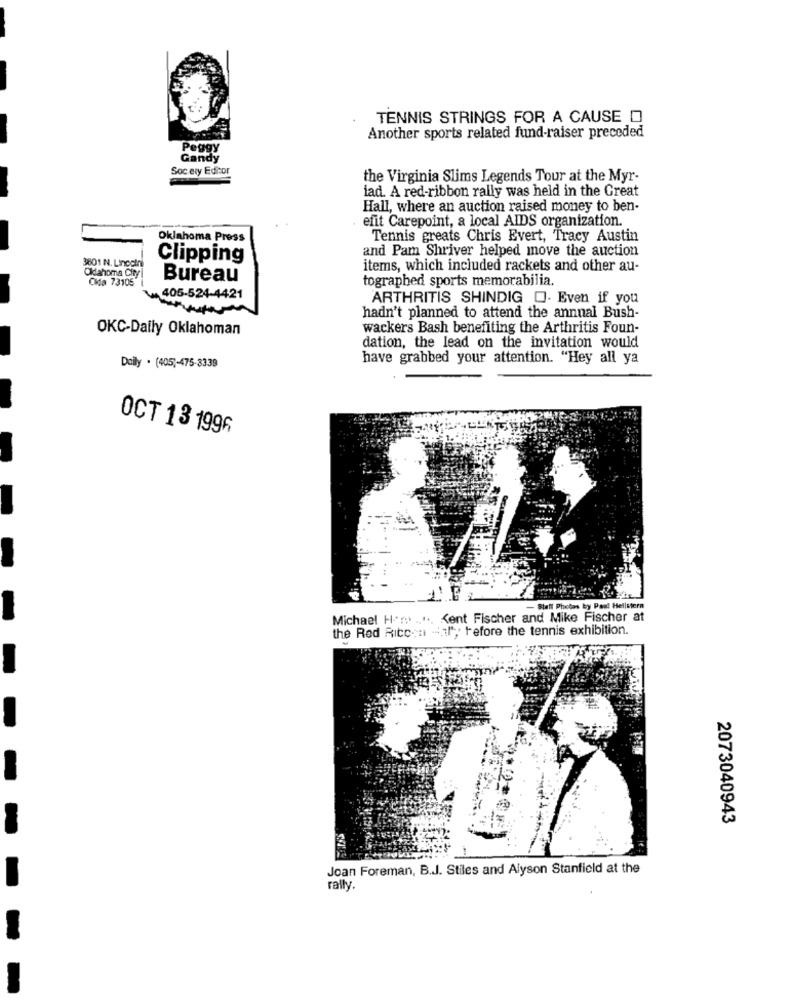
TENNIS STRINGS FOR A CAUSE O
Another sports related fund-raiser preceded
Peggy
Gandy
Soc ery Editor
the Virginia Slims Legends Tour at the Myr-
iad. A red-ribbon rally was held in the Great
Hall, where an auction raised money to ben-
efit Carepoint, a local AIDS organization.
Oklahoma Press
Tennis greats Chris Evert, Tracy Austin
and Pam Shriver helped move the auction
Clipping
3801 N. Lincoln
items, which included rackets and other au-
Oklahoma City
Cida 73105
Bureau
tographed sports memorabilia.
405-524-4421
ARTHRITIS SHINDIG O. Even if you
hadn't planned to attend the annual Bush-
OKC-Daily Oklahoman
wackers Bash benefiting the Arthritis Foun-
dation, the lead on the invitation would
have grabbed your attention. "Hey all ya
Daily . (405 ,- 475-8339
OCT 13 1996
-
- Staff Photos by Paul Hellstern
Michael Home ..... Kent Fischer and Mike Fischer at
the Red Ricosn "al, tefore the tennis exhibition.
2073040943
Joan Foreman, B.J. Stiles and Alyson Stanfield at the
rally.